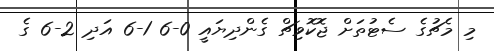
މި މެޗުގެ ސެޓުތަށް ޖޮކޮވިޗް ގެންދިޔައީ 0-6 1-6 އަދި 2-6 ގެ